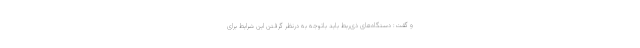
و گفت: دستگاه‌های ذی‌ربط باید باتوجه به درنظر گرفتن این شرایط برای